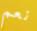
نعم